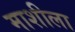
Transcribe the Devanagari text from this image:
माशीला